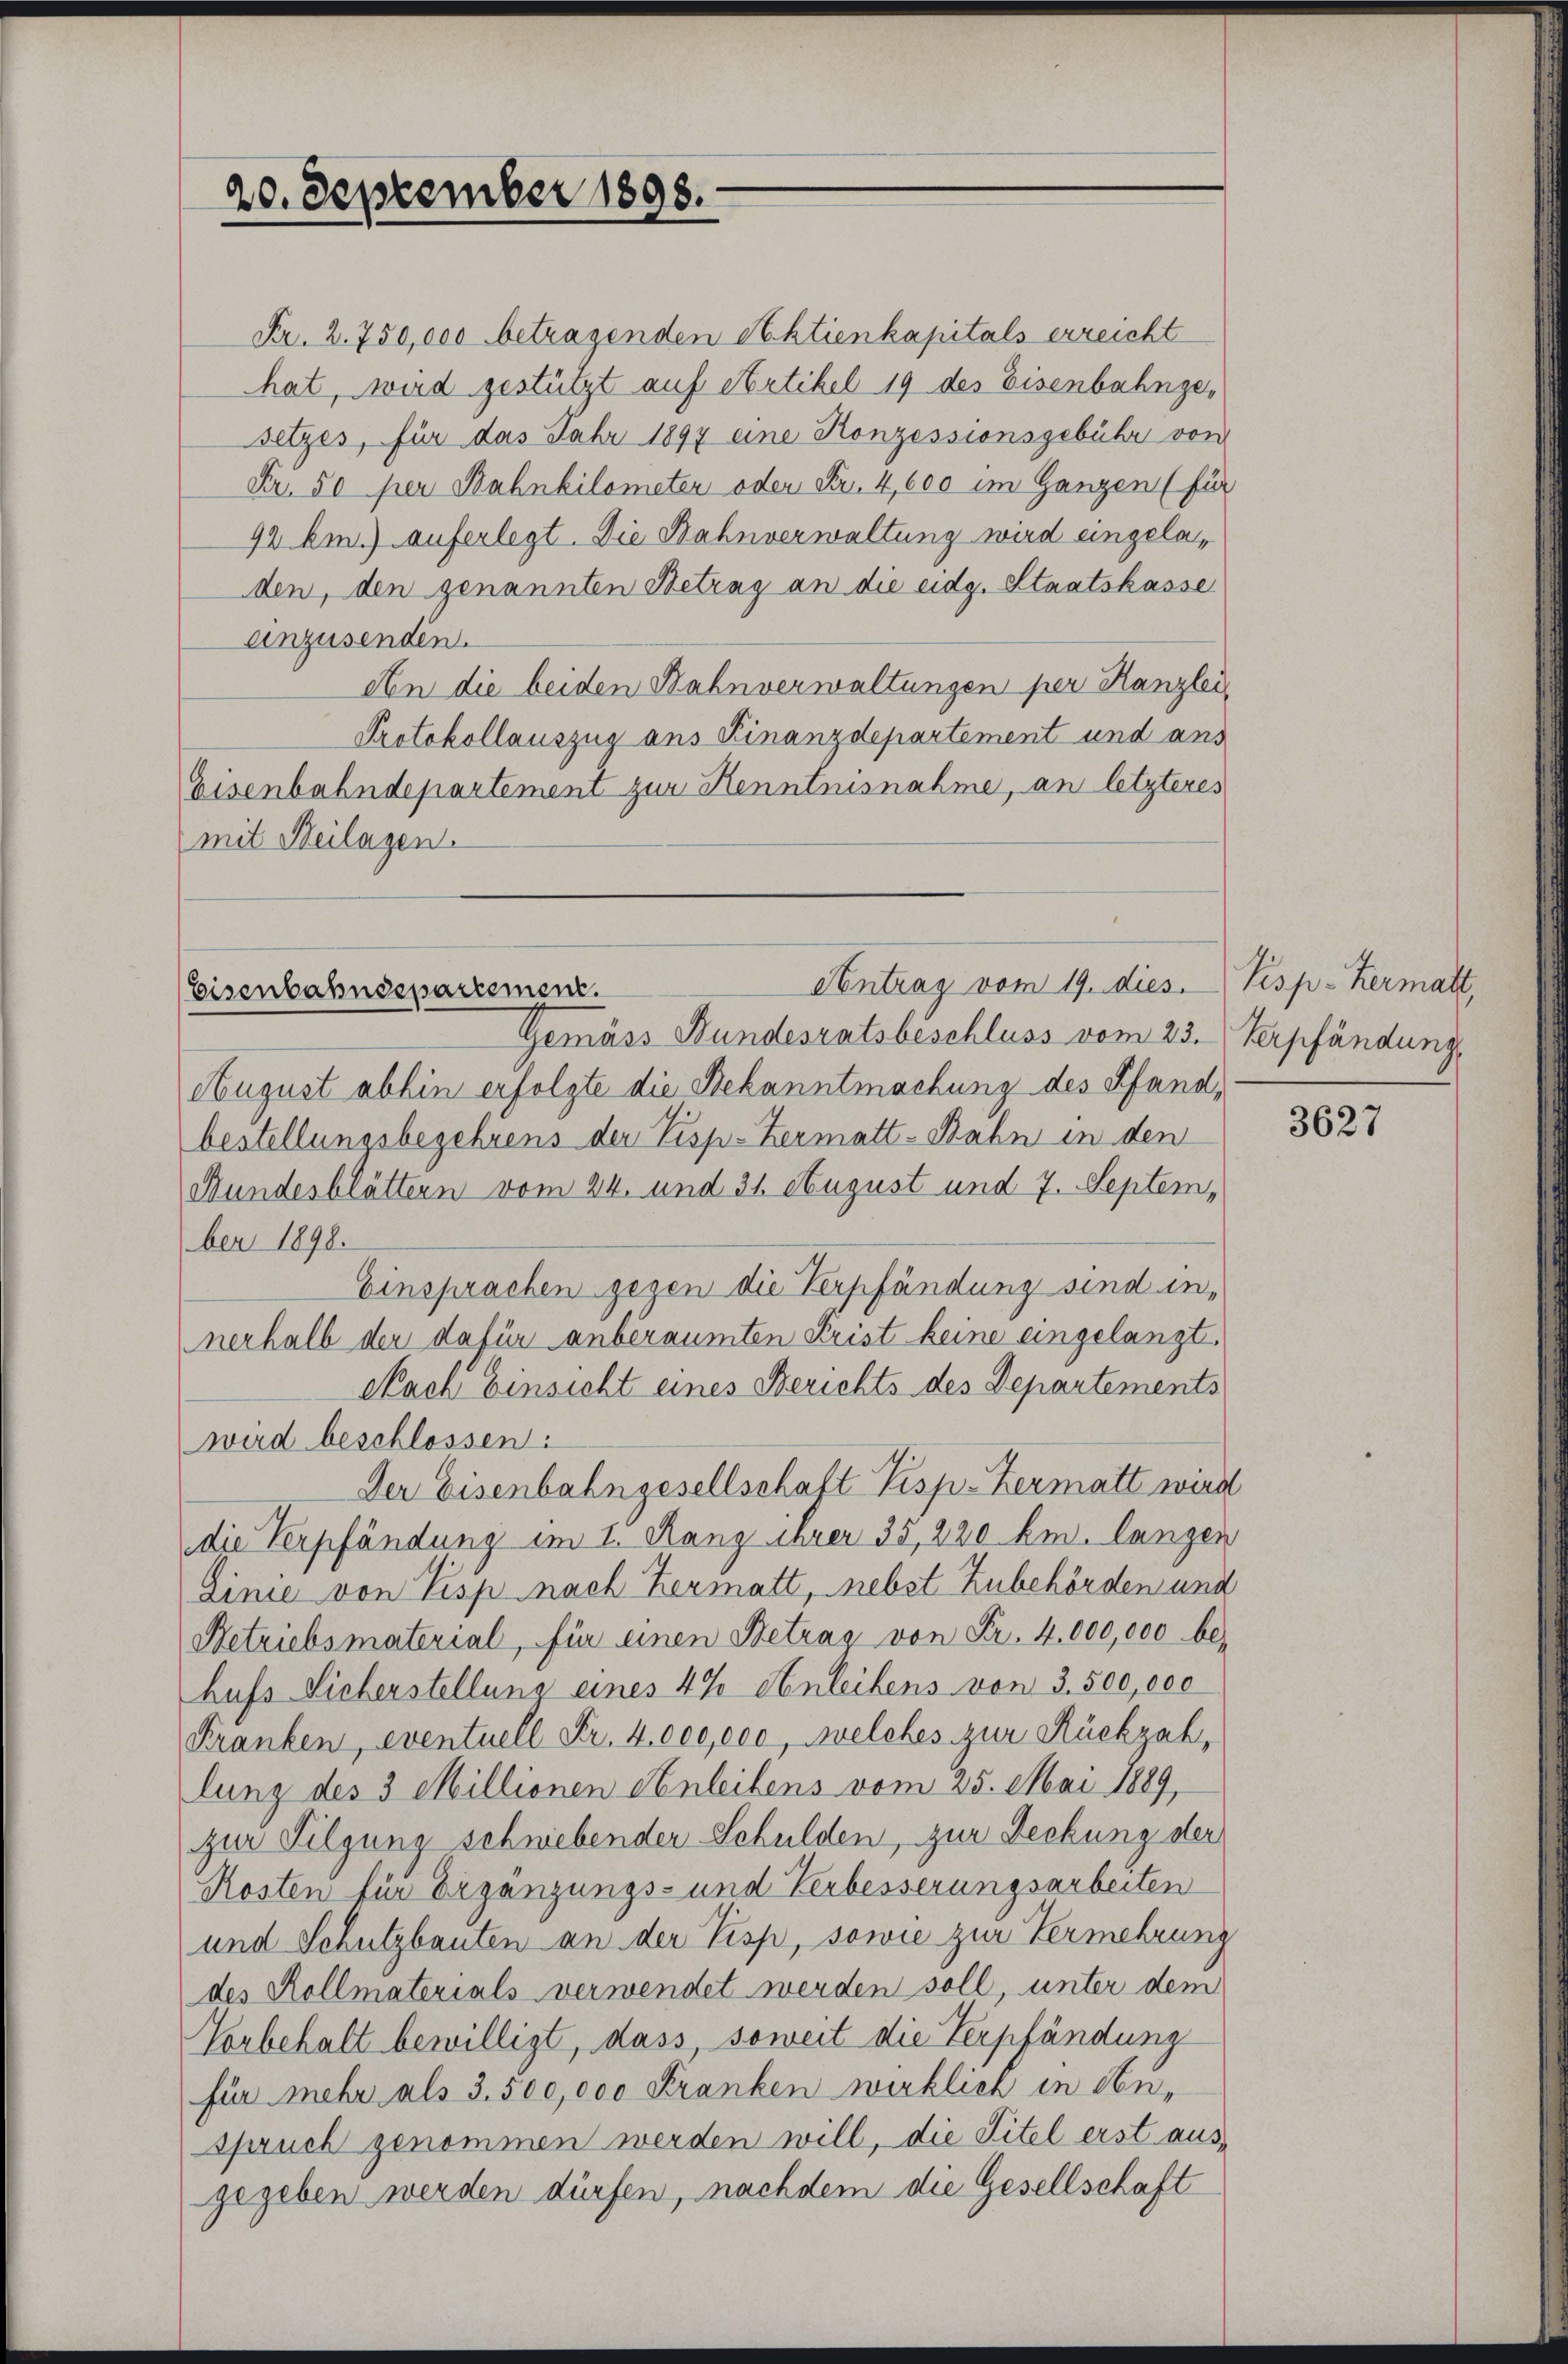
20. September 1898.

Contrag vom 19. dies. Pisp-Kermatt,
Eisenbahndepartement.

Nr. 2. 750,000 betragenden Aktienkapitals erreicht
hat, wird gestützt auf Artikel 19 des Eisenbahngesetzes, für das Fahr 1897 eine Konzessionsgebühr von
Fr. 50 per Bahnbilometer oder Fr. 4,600 im Ganzen (für
92 Em.) auferlegt. Die Bahnverwaltung wird eingeladen, den genannten Betrag an die eidg. Staatskasse
anzusenden.
An die beiden Bahnverwaltungen per Kanzlei
Protokollauszug aus Finanzdepartement und and
Eisenbahndepartement zur Kenntnisnahme, an letzteres
mit Heilagen.

Gemäss Bundesratsbeschluss vom 23. Verpfändung
August abhin erfolgte die Bekanntmachung des Pfand,
bestellungsbegehrens der Visp. Hermatt-Bahn in den
Bundesblättern vom 24. und 31. August und 7. September 1898.
Einsprachen gegen die Verpfändung sind in-
nerhalb der dafür anberaumten Frist keine eingelangt,
Nach Einsicht eines Berichts des Departements
wird beschlossen:
Der Eisenbahngesellschaft Pisp. Hermatt wird
die Verpfändung im I. Ranz ihrer 35, 220 km. langen
Linie von Pisp nach Hermatt, nebst Zubehörden und
Betriebsmaterial, für einen Betrag von Fr. 4,000,000 behufs Lieberstellung eines 42 Anleihens von 3. 500,000
Franken, eventuell Fr. 4000 oco, welches zur Rückzahlung des 3 Millionen Anleitens vom 25. Mai 1889,
zur Tilgung schniebender Schulden, zur Deckung der
Kosten für Ergänzungs- und Verbesserungsarbeiten
und Schutzbauten an der Pisp, sowie zur Vermehrung
des Kollmaterials verwendet werden soll, unter dem
Vorbehalt bewilligt, dass, soweit die Verpfändung
für mehr als 3. 500,000 Kranken wirklich in An-
spruch genommen werden will, die Titel erst ausgegeben werden dürfen, nachdem die Gesellschaft

3627